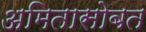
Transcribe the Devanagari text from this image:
अमितासोबत